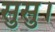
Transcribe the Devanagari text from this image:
सुसु।